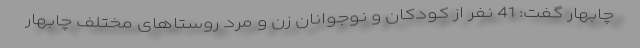
چابهار گفت: 41 نفر از کودکان و نوجوانان زن و مرد روستاهای مختلف چابهار